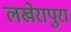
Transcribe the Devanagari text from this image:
लखेरापुरा